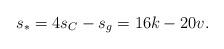
LaTeX: \begin{align*}s_* = 4s_C - s_g = 16k-20v.\end{align*}